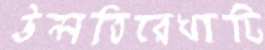
উন্নতিরেখাটি